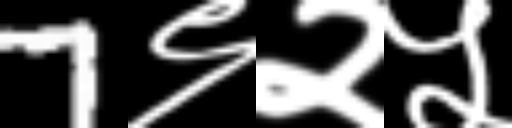
Text: 7९२५